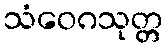
သံဝေဂသုတ္တ